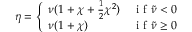
\eta = \left\{ \begin{array} { l l } { \nu ( 1 + \chi + \frac { 1 } { 2 } \chi ^ { 2 } ) } & { \mathrm { ~ i ~ f ~ } \tilde { \nu } < 0 } \\ { \nu ( 1 + \chi ) } & { \mathrm { ~ i ~ f ~ } \tilde { \nu } \geq 0 } \end{array} \right.